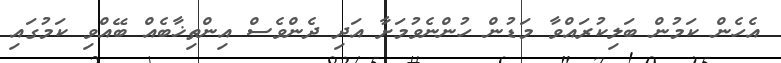
އެހެން ކަމުން ބަލިކުރައްވާ މަޑުން ހުންނެވުމަށާ އަދި ދެންވެސް އިންތިޚާބެއް ބޭއްވި ކަމުގައި